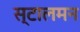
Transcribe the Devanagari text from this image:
स्टालमन